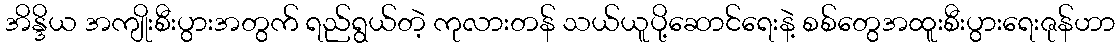
အိန္ဒိယ အကျိုးစီးပွားအတွက် ရည်ရွယ်တဲ့ ကုလားတန် သယ်ယူပို့ဆောင်ရေးနဲ့ စစ်တွေအထူးစီးပွားရေးဇုန်ဟာ